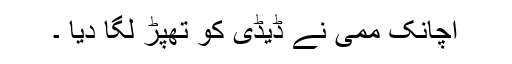
اچانک ممی نے ڈیڈی کو تھپڑ لگا دیا ۔